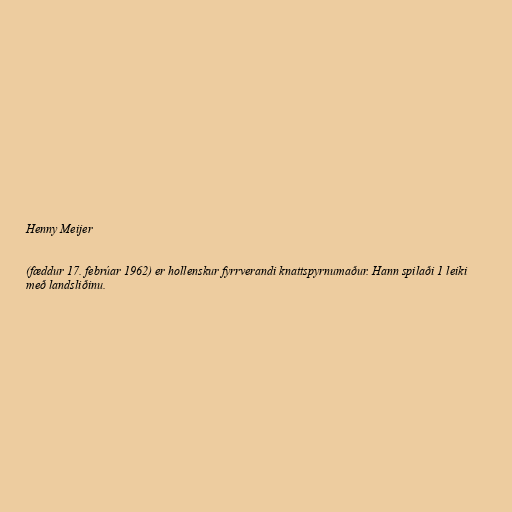
Henny Meijer

(fæddur 17. febrúar 1962) er hollenskur fyrrverandi knattspyrnumaður. Hann spilaði 1 leiki
með landsliðinu.